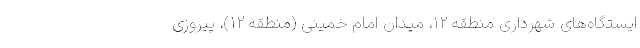
ایستگاه‌های شهرداری منطقه ۱۲، میدان امام خمینی (منطقه ۱۲)، پیروزی